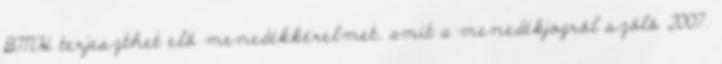
BMH terjeszthet elő menedékkérelmet, amit a menedékjogról szóló 2007.